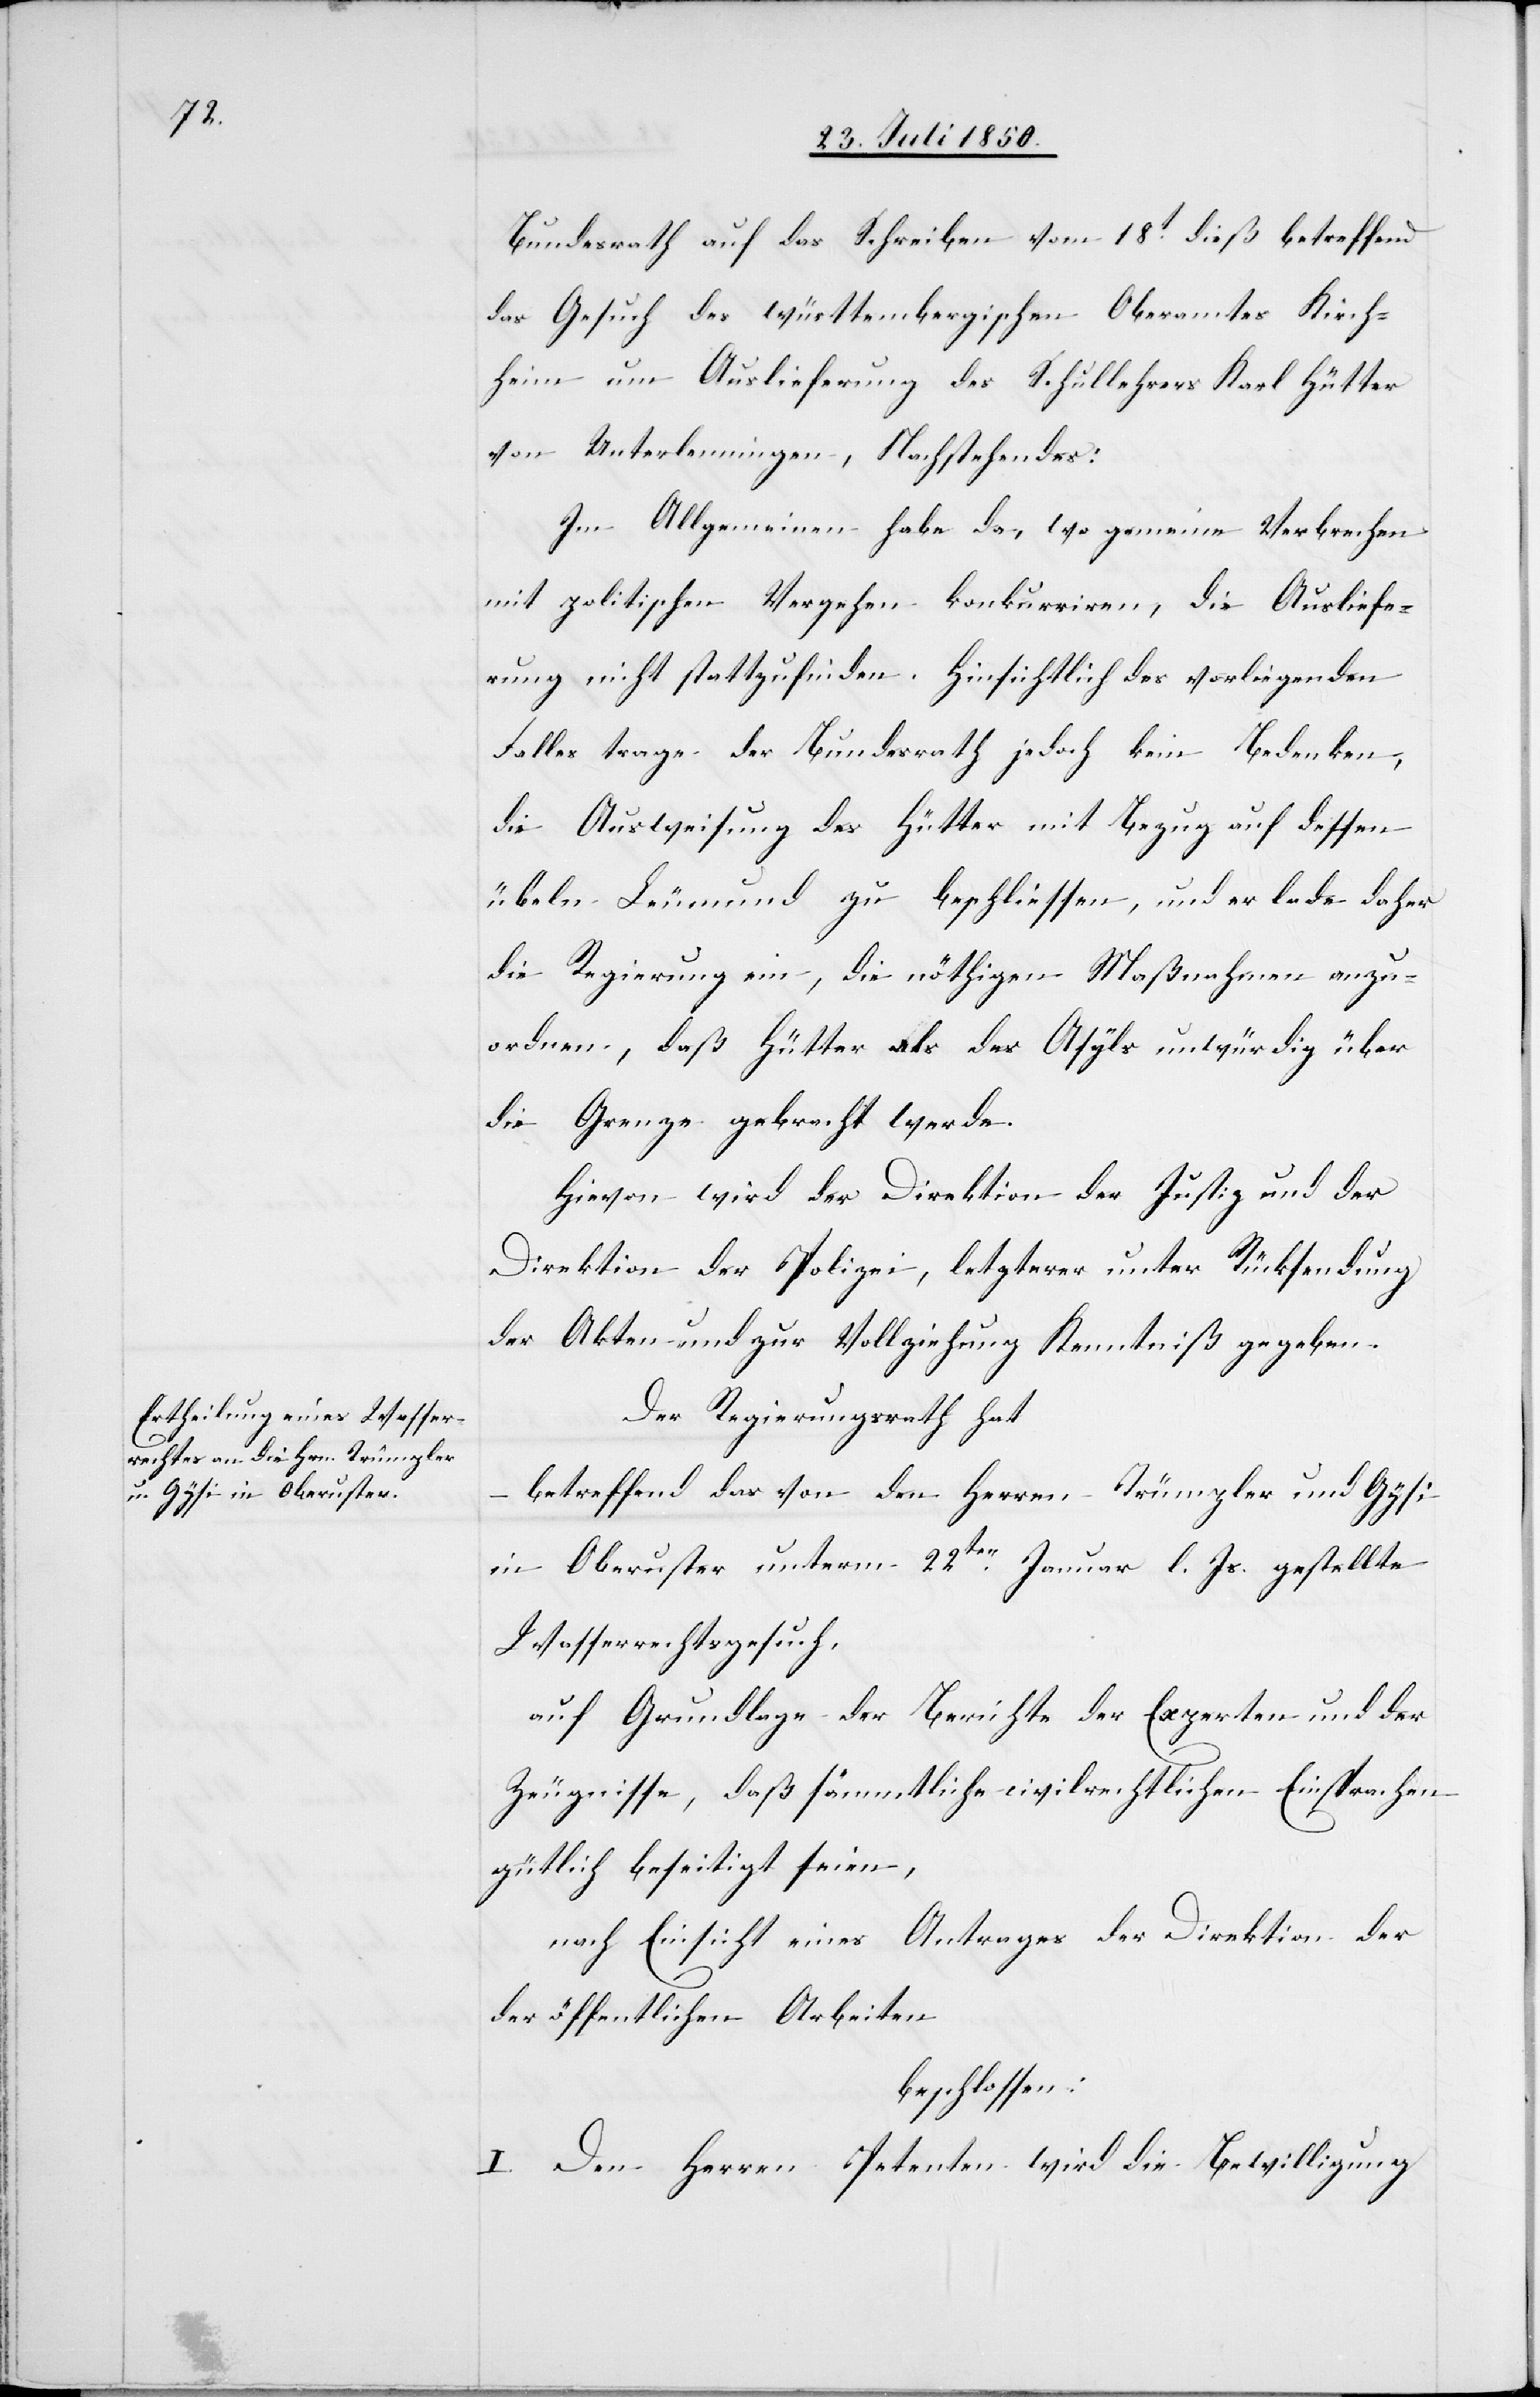
Bundesrath auf das Schreiben vom 18t dieß betreffend
das Gesuch des württembergischen Oberamtes Kirch¬
heim um Auslieferung des Schullehrers Karl Hütter
von Unterlenningen, Nachstehendes:
Im Allgemeinen habe da, wo gemeine Verbrechen
mit politischen Vergehen konkurriren, die Ausliefe¬
rung nicht stattzufinden. Hinsichtlich des vorliegenden
Falles trage der Bundesrath jedoch keine Bedenken,
die Auslieferung des Hütter mit Bezug auf dessen
übeln Leumund zu beschliessen, und er lade daher
die Regierung ein, die nöthigen Maßnahmen anzu¬
ordnen, daß Hütter als des Asyls unwürdig über
die Grenze gebracht werde.
Hievon wird der Direktion der Justiz und der
Direktion der Polizei, letzterer unter Rücksendung
der Akten und zur Vollziehung Kenntniß gegeben.
Der Regierungsrath hat
betreffend das von den Herren Trümpler und Gysi
in Oberuster unterm 22ten Januar l. Js. gestellte
Wasserrechtsgesuch,
auf Grundlage der Berichte der Experten und der
Zeugnisse, daß sämmtliche civilrechtlichen Einsprachen
gütlich beseitigt seien,
nach Einsicht eines Antrages der Direktion der
öffentlichen Arbeiten
beschlossen:
I. Den Herren Petenten wird die Bewilligung